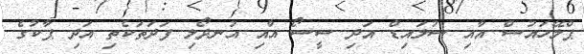
ޕްލޭހައުސް އާއި ސުލައިޑް އަދި ސީސޯ އާއި އުނދޯލި ފަދަަތަކެތި އަދި ޕާކުގެ